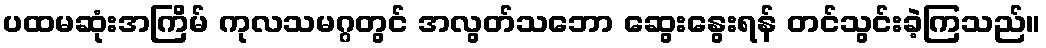
ပထမဆုံးအကြိမ် ကုလသမဂ္ဂတွင် အလွတ်သဘော ဆွေးနွေးရန် တင်သွင်းခဲ့ကြသည်။